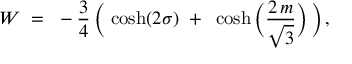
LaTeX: W ~ = ~ - { \frac { 3 } { 4 } } \, \bigg ( \, \cosh ( 2 \sigma ) ~ + ~ \cosh \bigg ( { \frac { 2 \, m } { \sqrt { 3 } } } \bigg ) \, \bigg ) \, ,